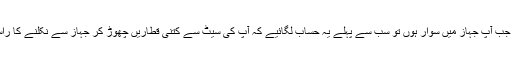
وہ کہتی ہیں کہ جب آپ جہاز میں سوار ہوں تو سب سے پہلے یہ حساب لگائیے کہ آپ کی سیٹ سے کتنی قطاریں چھوڑ کر جہاز سے نکلنے کا راستہ دستیاب ہے۔